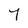
Character: 7